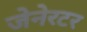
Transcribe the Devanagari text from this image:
जेनेरटर